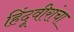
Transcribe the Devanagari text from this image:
हिंदूवीरांचा